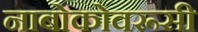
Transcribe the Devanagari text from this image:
नाबोकोवरूसी